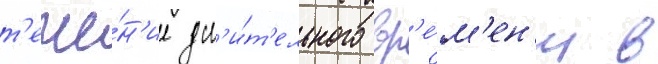
т'ече́н'ие дл'и́т'ельного вр'е́м'ен'и в